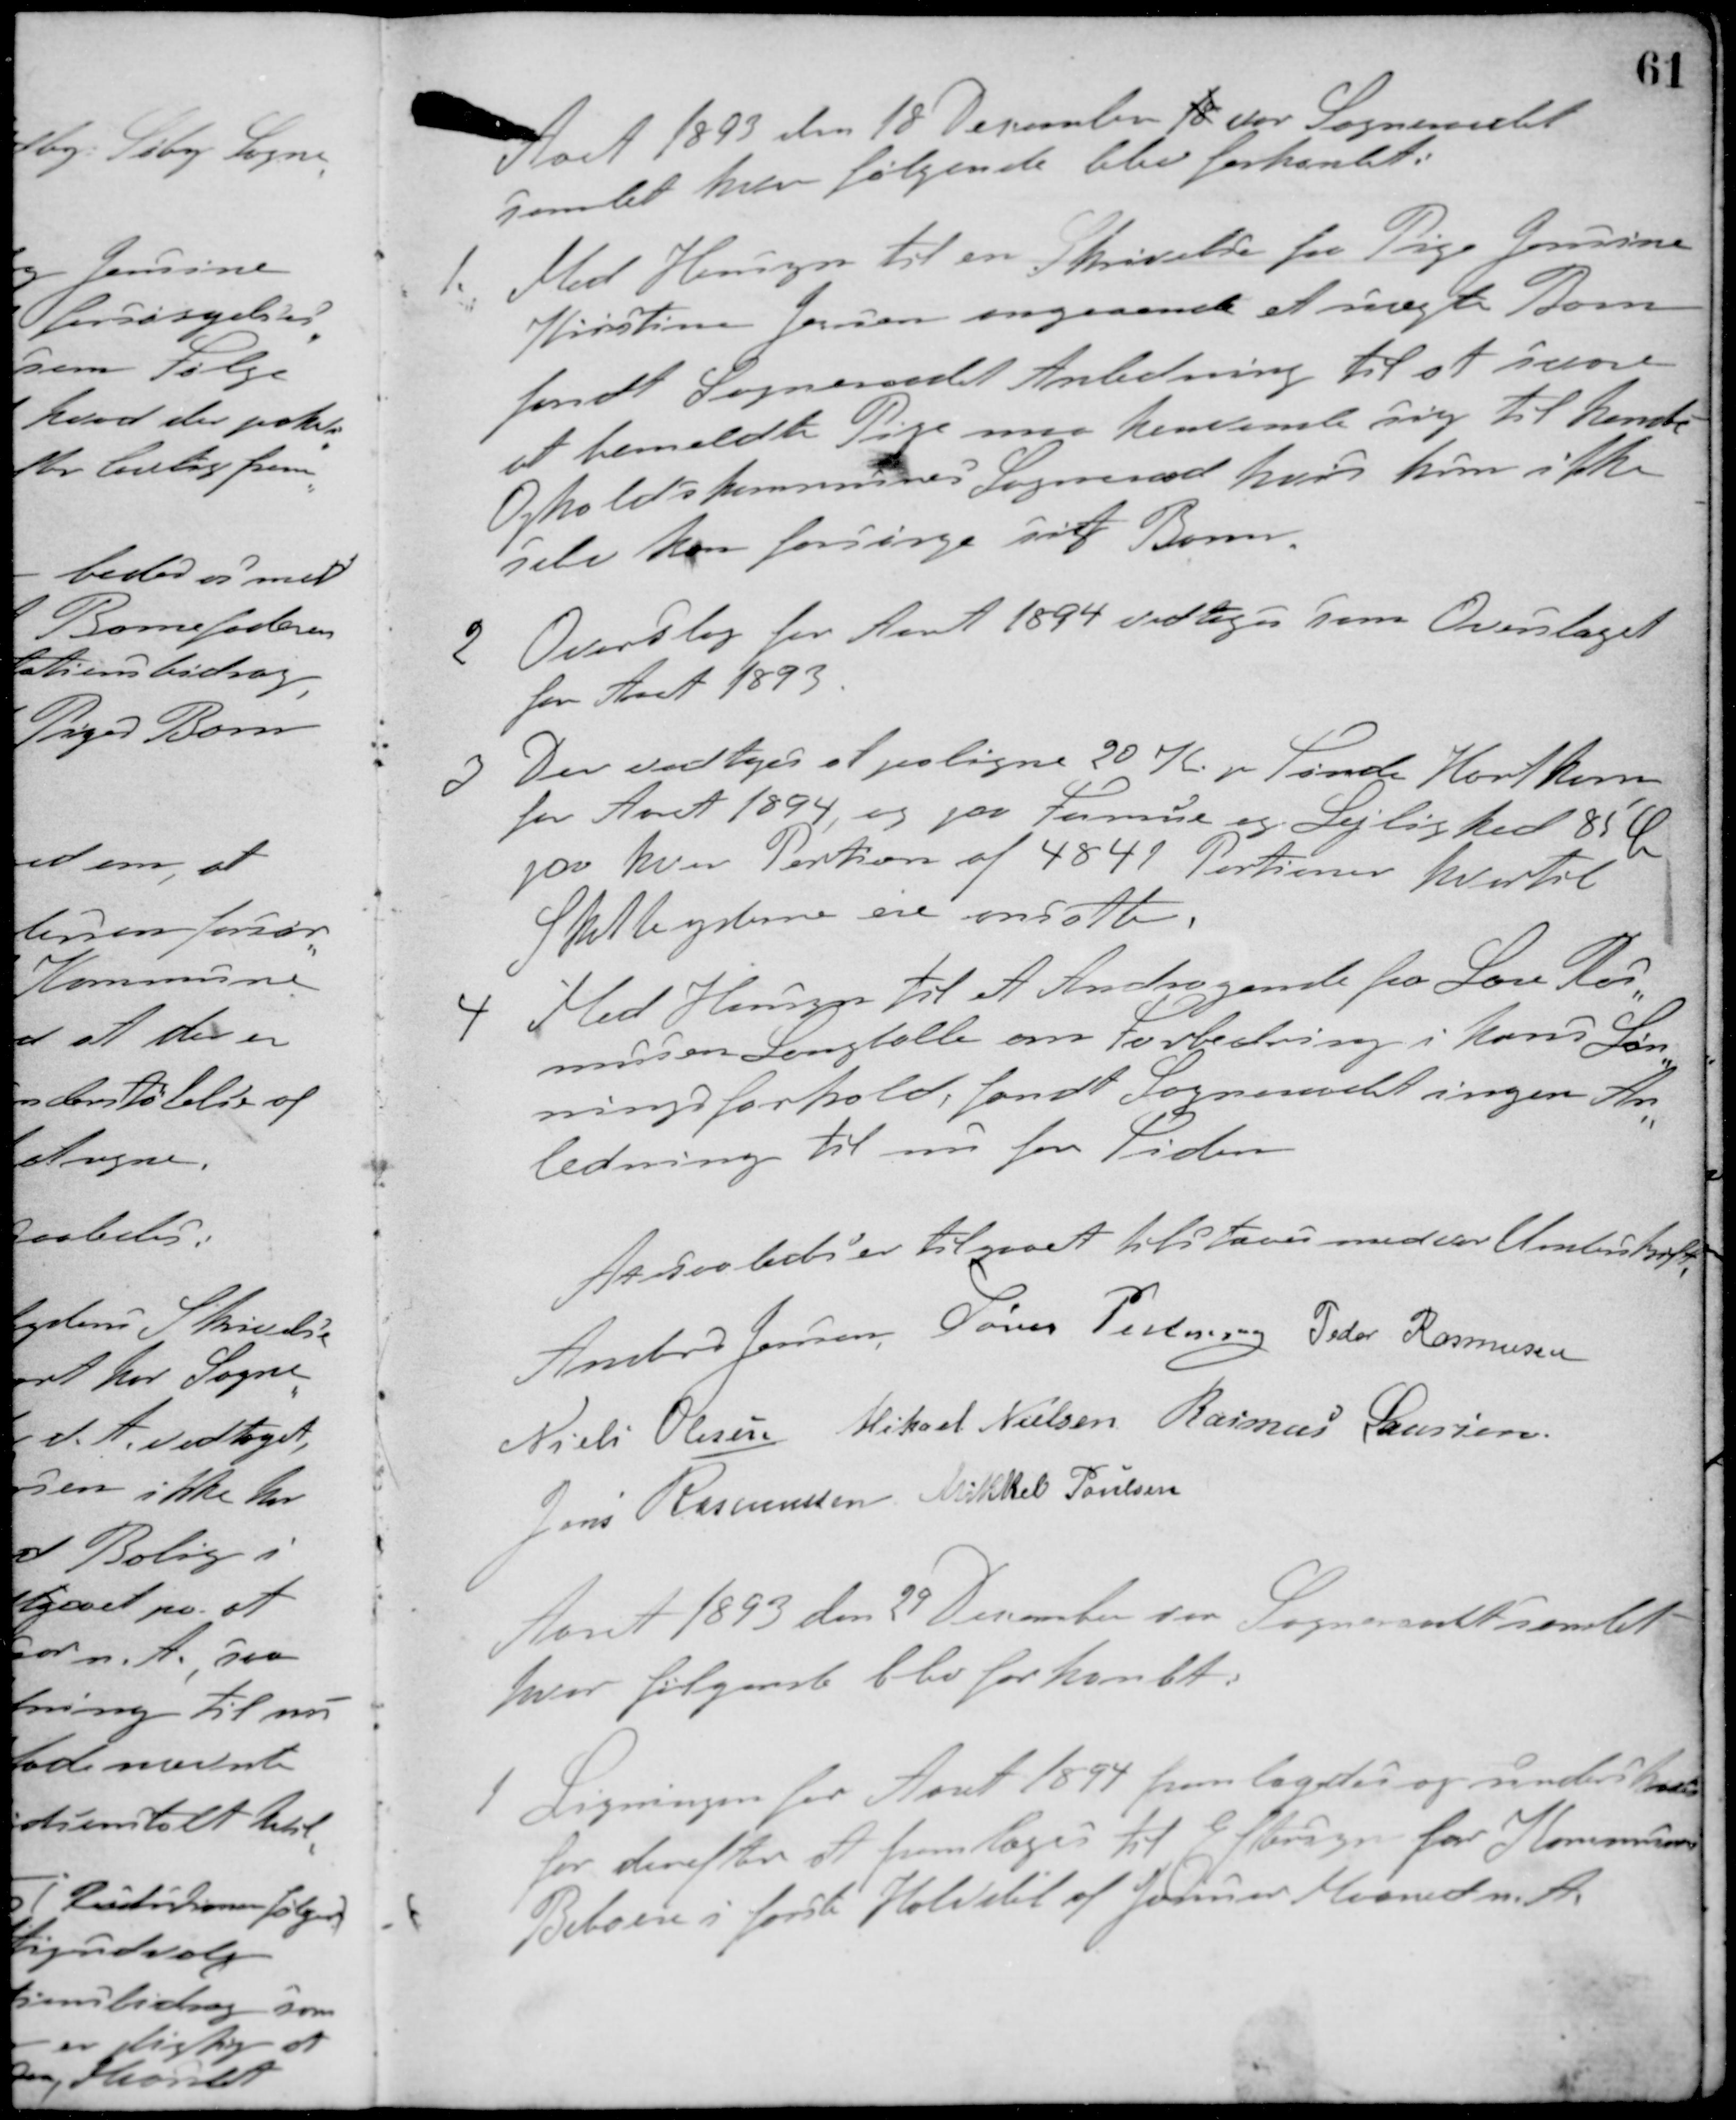
Transskription:
Aart 1893 den 18 December 18 var Sogneraadet
samlet hvor følgende blev forhandlet:
1. Med Hensyn til en Skrivelse fra Pige Jensine
Kirstine Jensen angaaende et uægte Barn
fandt Sogneraadet Anledning til at svare
at bemeldte Pige maa henvende sig til hendes
Opholdskommunes Sogneraad hvis hun ikke
selv kan forsørge sit Barne.
2. Overslag for Aaret 1894 vedtoges som Overslaget
for Aaret 1893.
3. Der vedtoges at paaligne 20 Kr. pr. Tønde Hartkorn
for Aaret 1894 og paa Formue og Lejlighed 85 Øre
paa hver Portion af 4841 Portioner hvortil
Skatteyderne ere ansatte.
4 Med Hensyn til et Andragende fra Lars Ras-
mussen Langballe om Forbedring i hans Løn-
ningsforhold, fandt Sogneraadet ingen An-
ledning til nu for Tiden.
At saaledes er tilgaaet tilstaaes med vor Underskrift.
Anders Jensen Søren Pedersen Peder Rasmussen
Niels Olesen Mikael Nielsen Rasmus Laursen
Jens Rasmussen Mikkel Poulsen
Aaret 1893 den 29 December var Sogneraadet samlet
hvor følgende blev forhandlet:
1 Ligningen for Aaret 1894 fremlagdes og underskreves
for derefter at fremlages til Eftersyn for Kommunens
Beboere i første Halvdel af Januar Maaned n. A.